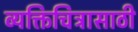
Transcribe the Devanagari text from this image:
व्यक्तिचित्रासाठी